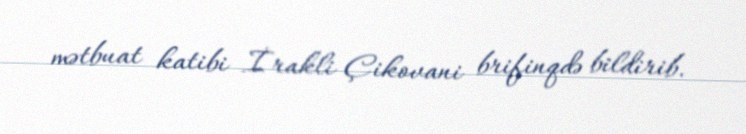
mətbuat katibi İrakli Çikovani brifinqdə bildirib.